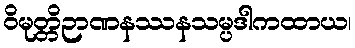
ဝိမုတ္တိဉာဏနဿနသမ္ပဒါကထာယ၊